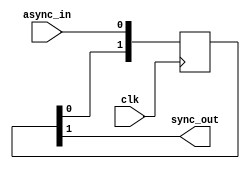
module synchronizer #(
  parameter NUM_STAGES = 2
) (
  output    sync_out,
  input     async_in,
  input     clk
);
 
  reg   [NUM_STAGES:1]    sync_reg;
 
  always @ (posedge clk) begin
    sync_reg <= {sync_reg[NUM_STAGES-1:1], async_in};
  end
 
  assign sync_out = sync_reg[NUM_STAGES];
 
endmodule